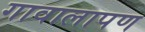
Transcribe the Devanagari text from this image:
गावालापण